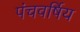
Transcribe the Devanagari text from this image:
पंचवर्षिय